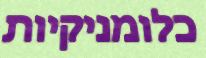
כלומניקיות